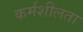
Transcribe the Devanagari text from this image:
कर्मशीलता